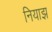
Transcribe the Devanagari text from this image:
नियाझ